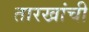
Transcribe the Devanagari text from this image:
तारखांची